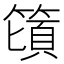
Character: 𰪕